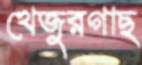
খেজুরগাছ